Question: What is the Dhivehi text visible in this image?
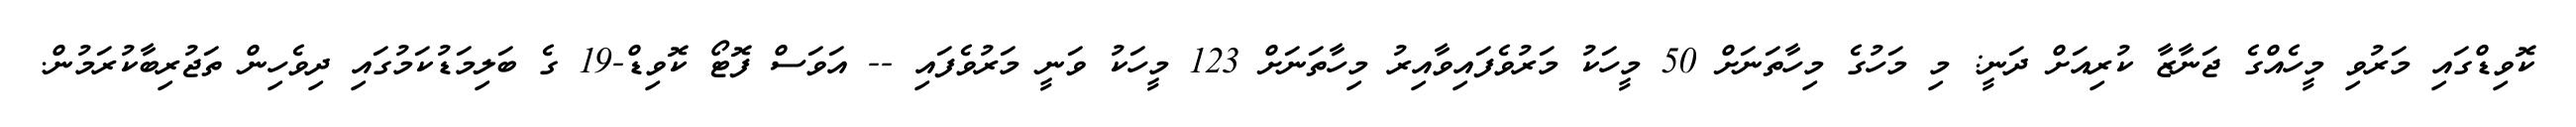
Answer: ކޮވިޑްގައި މަރުވި މީހެއްގެ ޖަނާޒާ ކުރިއަށް ދަނީ: މި މަހުގެ މިހާތަނަށް 50 މީހަކު މަރުވެފައިވާއިރު މިހާތަނަށް 123 މީހަކު ވަނީ މަރުވެފައި -- އަވަސް ފޮޓޯ ކޮވިޑް-19 ގެ ބަލިމަޑުކަމުގައި ދިވެހިން ތަޖުރިބާކުރަމުން.